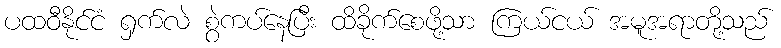
ပထဝီနိုင်ငံ ရှက်လဲ စွဲကပ်နေပြီး ထိခိုက်စေဖို့သာ ကြယ်ငယ် အမူအရာတို့သည်